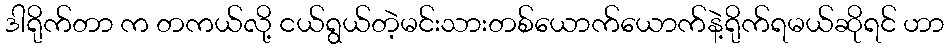
ဒါရိုက်တာ က တကယ်လို့ ငယ်ရွယ်တဲ့မင်းသားတစ်ယောက်ယောက်နဲ့ရိုက်ရမယ်ဆိုရင် ဟာ